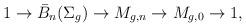
LaTeX: \begin{align*}1 \to \bar B_n(\Sigma_g) \to M_{g,n} \to M_{g,0} \to 1 ,\end{align*}